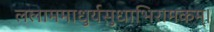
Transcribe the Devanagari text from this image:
ललाममाधुर्यसुधाभिरामकम्।